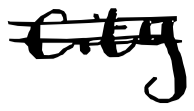
Text: city
Cross-out: mix
Writing tool: digital_black